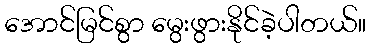
အောင်မြင်စွာ မွေးဖွားနိုင်ခဲ့ပါတယ်။